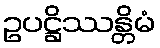
ဥပဋ္ဌိဿန္တိမံ